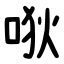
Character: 唙